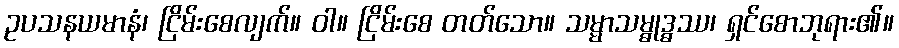
ဥပသနယမာနံ၊ ငြိမ်းစေလျက်။ ဝါ။ ငြိမ်းစေ တတ်သော။ သမ္မာသမ္ဓုဒ္ဓဿ၊ ရှင်စောဘုရား၏။